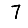
Digit: 7